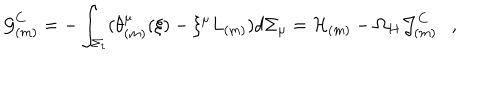
{ \cal G } _ { ( m ) } ^ { C } = - \int _ { \Sigma _ { t } } ( \theta _ { ( m ) } ^ { \mu } ( \xi ) - \xi ^ { \mu } L _ { ( m ) } ) d \Sigma _ { \mu } = { \cal H } _ { ( m ) } - \Omega _ { H } { \cal J } _ { ( m ) } ^ { C } ,